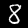
Label: 8